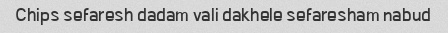
Chips sefaresh dadam vali dakhele sefaresham nabud